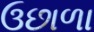
ઉછાળા